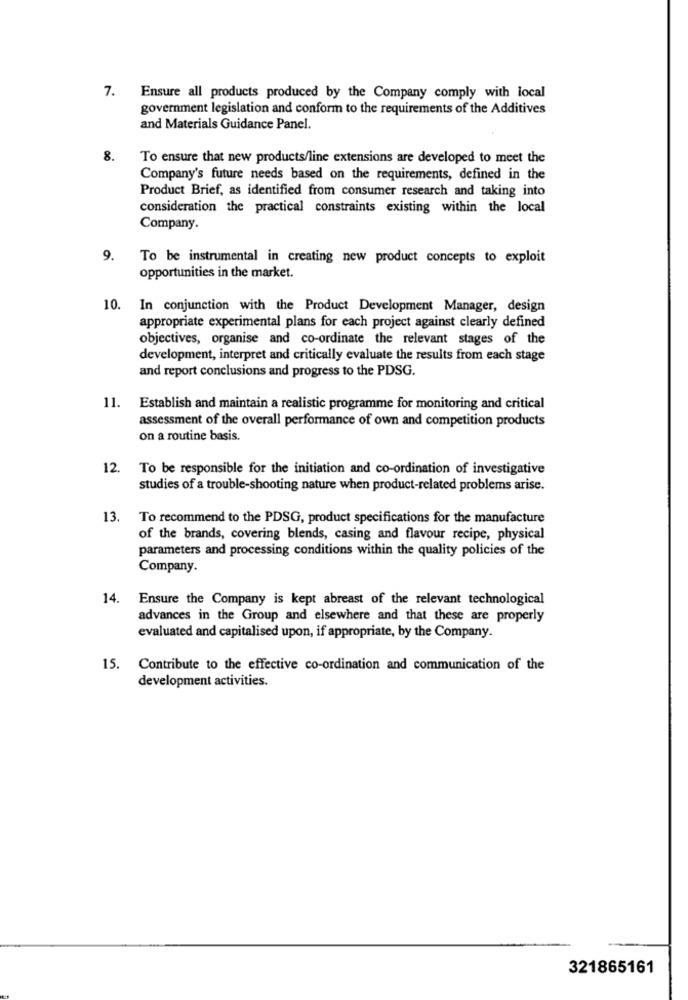
7.
Ensure all products produced by the Company comply with local
government legislation and conform to the requirements of the Additives
and Materials Guidance Panel.
8.
To ensure that new products/line extensions are developed to meet the
Company's future needs based on the requirements, defined in the
Product Brief, as identified from consumer research and taking into
consideration the practical constraints existing within the local
Company.
9.
To be instrumental in creating new product concepts to exploit
opportunities in the market.
10. In conjunction with the Product Development Manager, design
appropriate experimental plans for each project against clearly defined
objectives, organise and co-ordinate the relevant stages of the
development, interpret and critically evaluate the results from each stage
and report conclusions and progress to the PDSG.
11. Establish and maintain a realistic programme for monitoring and critical
assessment of the overall performance of own and competition products
on a routine basis.
12. To be responsible for the initiation and co-ordination of investigative
studies of a trouble-shooting nature when product-related problems arise.
13.
To recommend to the PDSG, product specifications for the manufacture
of the brands, covering blends, casing and flavour recipe, physical
parameters and processing conditions within the quality policies of the
Company.
14.
Ensure the Company is kept abreast of the relevant technological
advances in the Group and elsewhere and that these are properly
evaluated and capitalised upon, if appropriate, by the Company.
15.
Contribute to the effective co-ordination and communication of the
development activities.
321865161